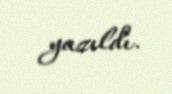
yazıldı.